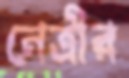
নেত্রীর